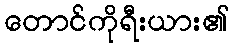
တောင်ကိုရီးယား၏